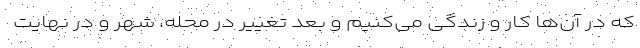
که در آن‌ها کار و زندگی می‌کنیم و بعد تغییر در محله، شهر و در نهایت